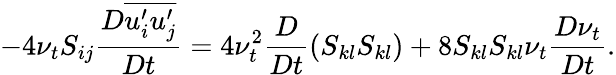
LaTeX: -4\nu_{t}S_{ij}\frac{D\overline{{u_{i}^{\prime}u_{j}^{\prime}}}}{Dt}=4\nu_{t}^{2}\frac{D}{Dt}\left(S_{kl}S_{kl}\right)+8S_{kl}S_{kl}\nu_{t}\frac{D\nu_{t}}{Dt}.